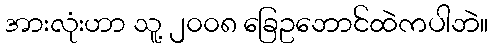
အားလုံးဟာ သူ့ ၂၀၀၈ ခြေဥဘောင်ထဲကပါဘဲ။